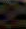
M